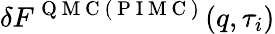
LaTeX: \delta F^{\mathrm{~Q~M~C~(~P~I~M~C~)~}}(q,\tau_{i})